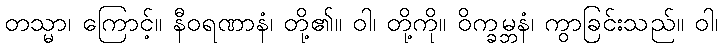
တသ္မာ၊ ကြောင့်။ နီဝရဏာနံ၊ တို့၏။ ဝါ၊ တို့ကို။ ဝိက္ခမ္ဘနံ၊ ကွာခြင်းသည်။ ဝါ၊